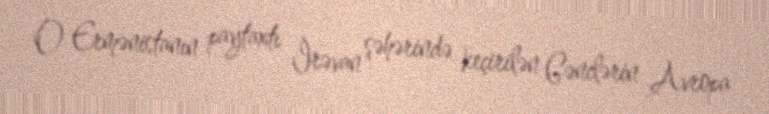
O Ermənistanın paytaxtı İrəvan şəhərində keçirilən Gənclərin Avropa